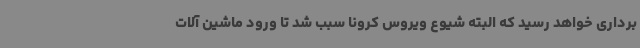
برداری خواهد رسید که البته شیوع ویروس کرونا سبب شد تا ورود ماشین آلات